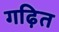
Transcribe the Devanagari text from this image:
गढ़ित